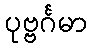
ပုဗ္ဗင်္ဂမာ